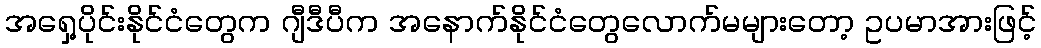
အရှေ့ပိုင်းနိုင်ငံတွေက ဂျီဒီပီက အနောက်နိုင်ငံတွေလောက်မများတော့ ဥပမာအားဖြင့်